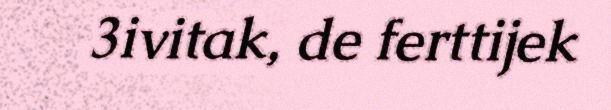
3ivitak, de ferttijek